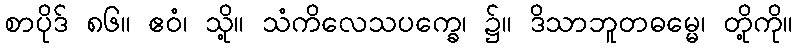
စာပိုဒ် ၈၆။ ဧဝံ၊ သို့။ သံကိလေသပက္ခေ၊ ၌။ ဒိသာဘူတဓမ္မေ၊ တို့ကို။